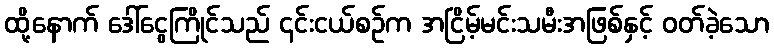
ထို့နောက် ဒေါ်ငွေကြိုင်သည် ၄င်းငယ်စဉ်က အငြိမ့်မင်းသမီးအဖြစ်နှင့် ဝတ်ခဲ့သော